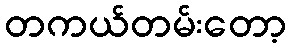
တကယ်တမ်းတော့